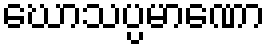
ဃောသပ္ပမာဏော